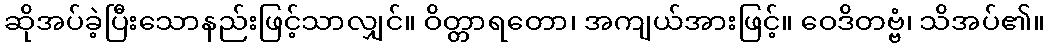
ဆိုအပ်ခဲ့ပြီးသောနည်းဖြင့်သာလျှင်။ ဝိတ္တာရတော၊ အကျယ်အားဖြင့်။ ဝေဒိတဗ္ဗံ၊ သိအပ်၏။